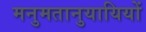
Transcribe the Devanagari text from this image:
मनुमतानुयायियों